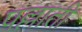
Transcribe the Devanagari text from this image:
पल्लाती